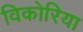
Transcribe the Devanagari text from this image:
विकोरिया